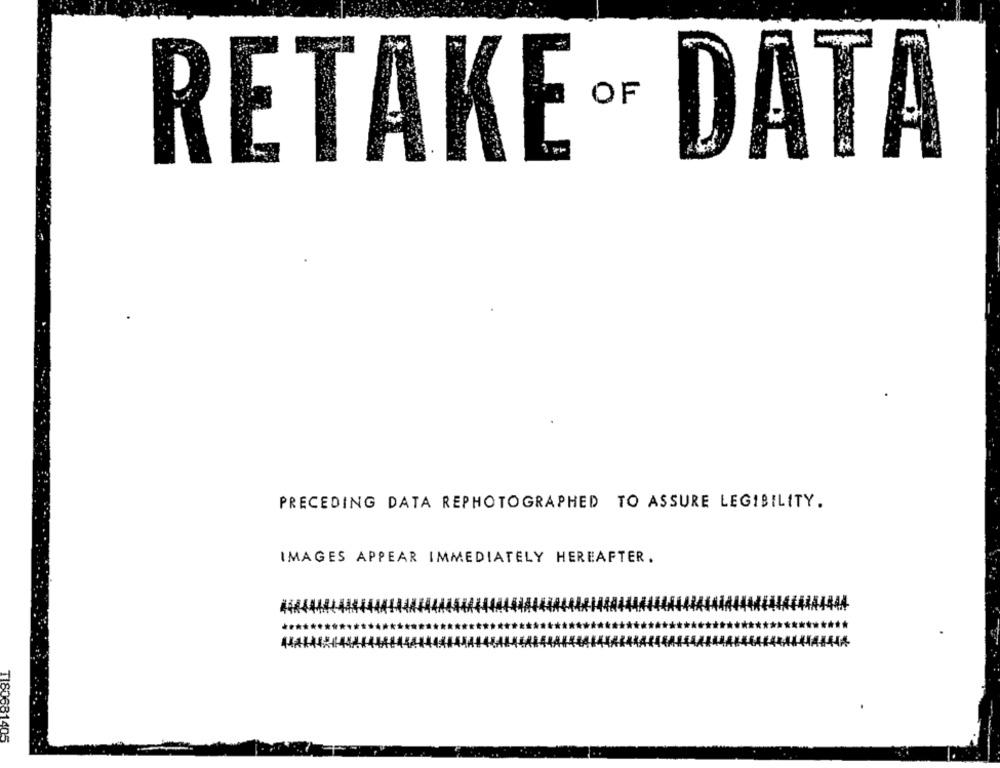
RETAKE ® DATA
PRECEDING DATA REPHOTOGRAPHED TO ASSURE LEGIBILITY.
IMAGES APPEAR IMMEDIATELY HEREAFTER.
T180681405